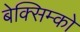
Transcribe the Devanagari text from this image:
बेक्सिम्को